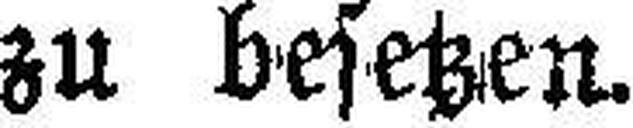
zu besetzen.